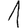
Digit: 1